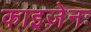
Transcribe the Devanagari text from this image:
काइज़ेनः